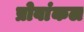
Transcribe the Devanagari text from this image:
प्रोवांकल